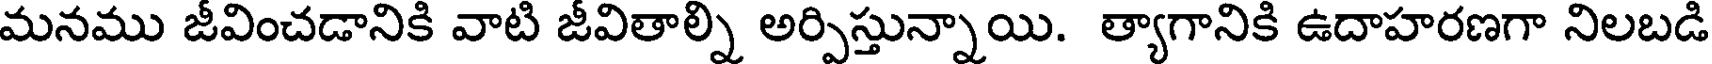
మనము జీవించడానికి వాటి జీవితాల్ని అర్పిస్తున్నాయి. త్యాగానికి ఉదాహరణగా నిలబడి